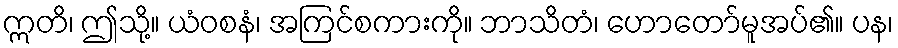
ဣတိ၊ ဤသို့။ ယံဝစနံ၊ အကြင်စကားကို။ ဘာသိတံ၊ ဟောတော်မူအပ်၏။ ပန၊